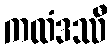
ကထံဒဿီ